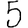
Digit: 5